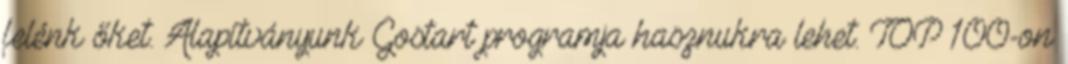
felénk őket. Alapítványunk Gostart programja hasznukra lehet. TOP 100-on